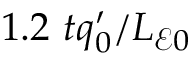
1 . 2 ~ t q _ { 0 } ^ { \prime } / L _ { \mathcal { E } 0 }